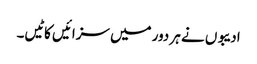
ادیبوں نے ہر دور میں سزائیں کاٹیں۔